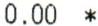
0.00 *